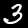
Label: 3